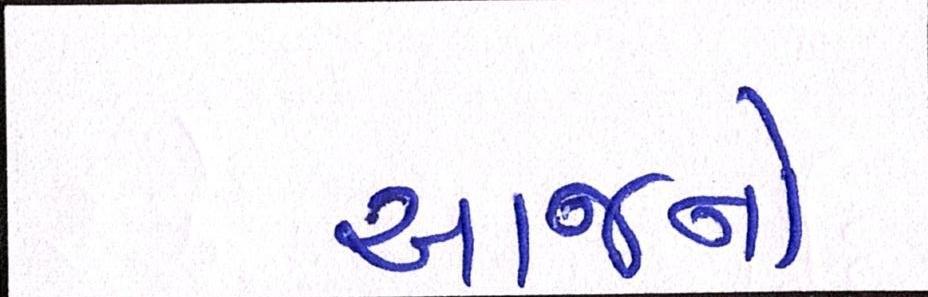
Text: આજનો